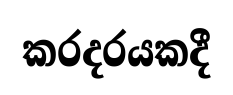
කරදරයකදී